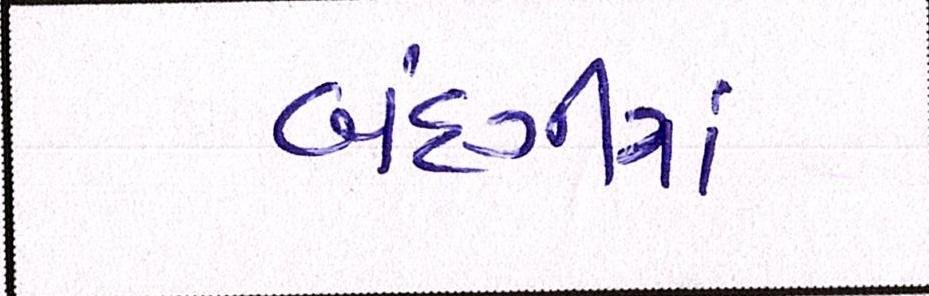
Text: બંદગીમાં